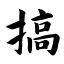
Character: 搞